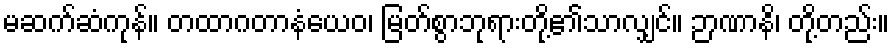
မဆက်ဆံကုန်။ တထာဂတာနံယေဝ၊ မြတ်စွာဘုရားတို့၏သာလျှင်။ ဉာဏာနိ၊ တို့တည်း။